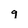
Character: 9